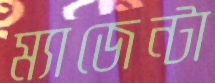
ম্যাজেন্টা